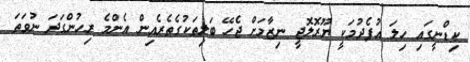
ކިޑްނީގައި ހިލަ އުފެދުމަކީ ޔޫރޮލޮޖީ ނިޒާމަށް ޖެހޭ ބަލިތަކުގެތެރެއިން އެންމެ ރިހުންގަދަ ނުވަތަ